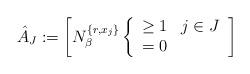
LaTeX: \begin{align*}\hat A_{J}:=\left [N_\beta^{\{r,x_j\}}\left \lbrace \begin{array}{cl} \geq 1 & j \in J \\ =0 & \end{array} \right. \right ] \end{align*}